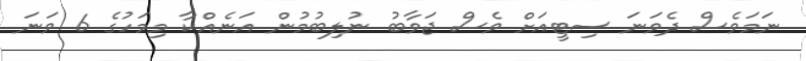
ނަމަވެސް ދެވަނަ ސިޓީއަށް ވެސް ޖަވާބު ނުލިބުމުން އަނެއްކާ މިމަހުގެ 6 ވަނަ